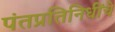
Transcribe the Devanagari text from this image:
पंतप्रतिनिधींचे